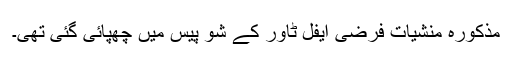
مذکورہ منشیات فرضی ایفل ٹاور کے شو پیس میں چھپائی گئی تھی۔